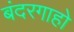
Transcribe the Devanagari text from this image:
बंदरगाहो